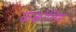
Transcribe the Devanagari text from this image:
कंकोलिम